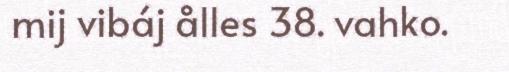
mij vibáj ålles 38. vahko.